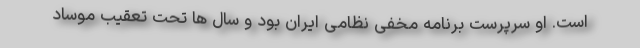
است. او سرپرست برنامه مخفی نظامی ایران بود و سال ها تحت تعقیب موساد